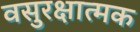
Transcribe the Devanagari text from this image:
वसुरक्षात्मक